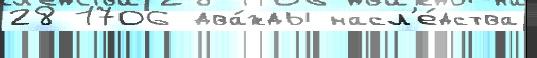
28 1706 два́жды насл'е́дства